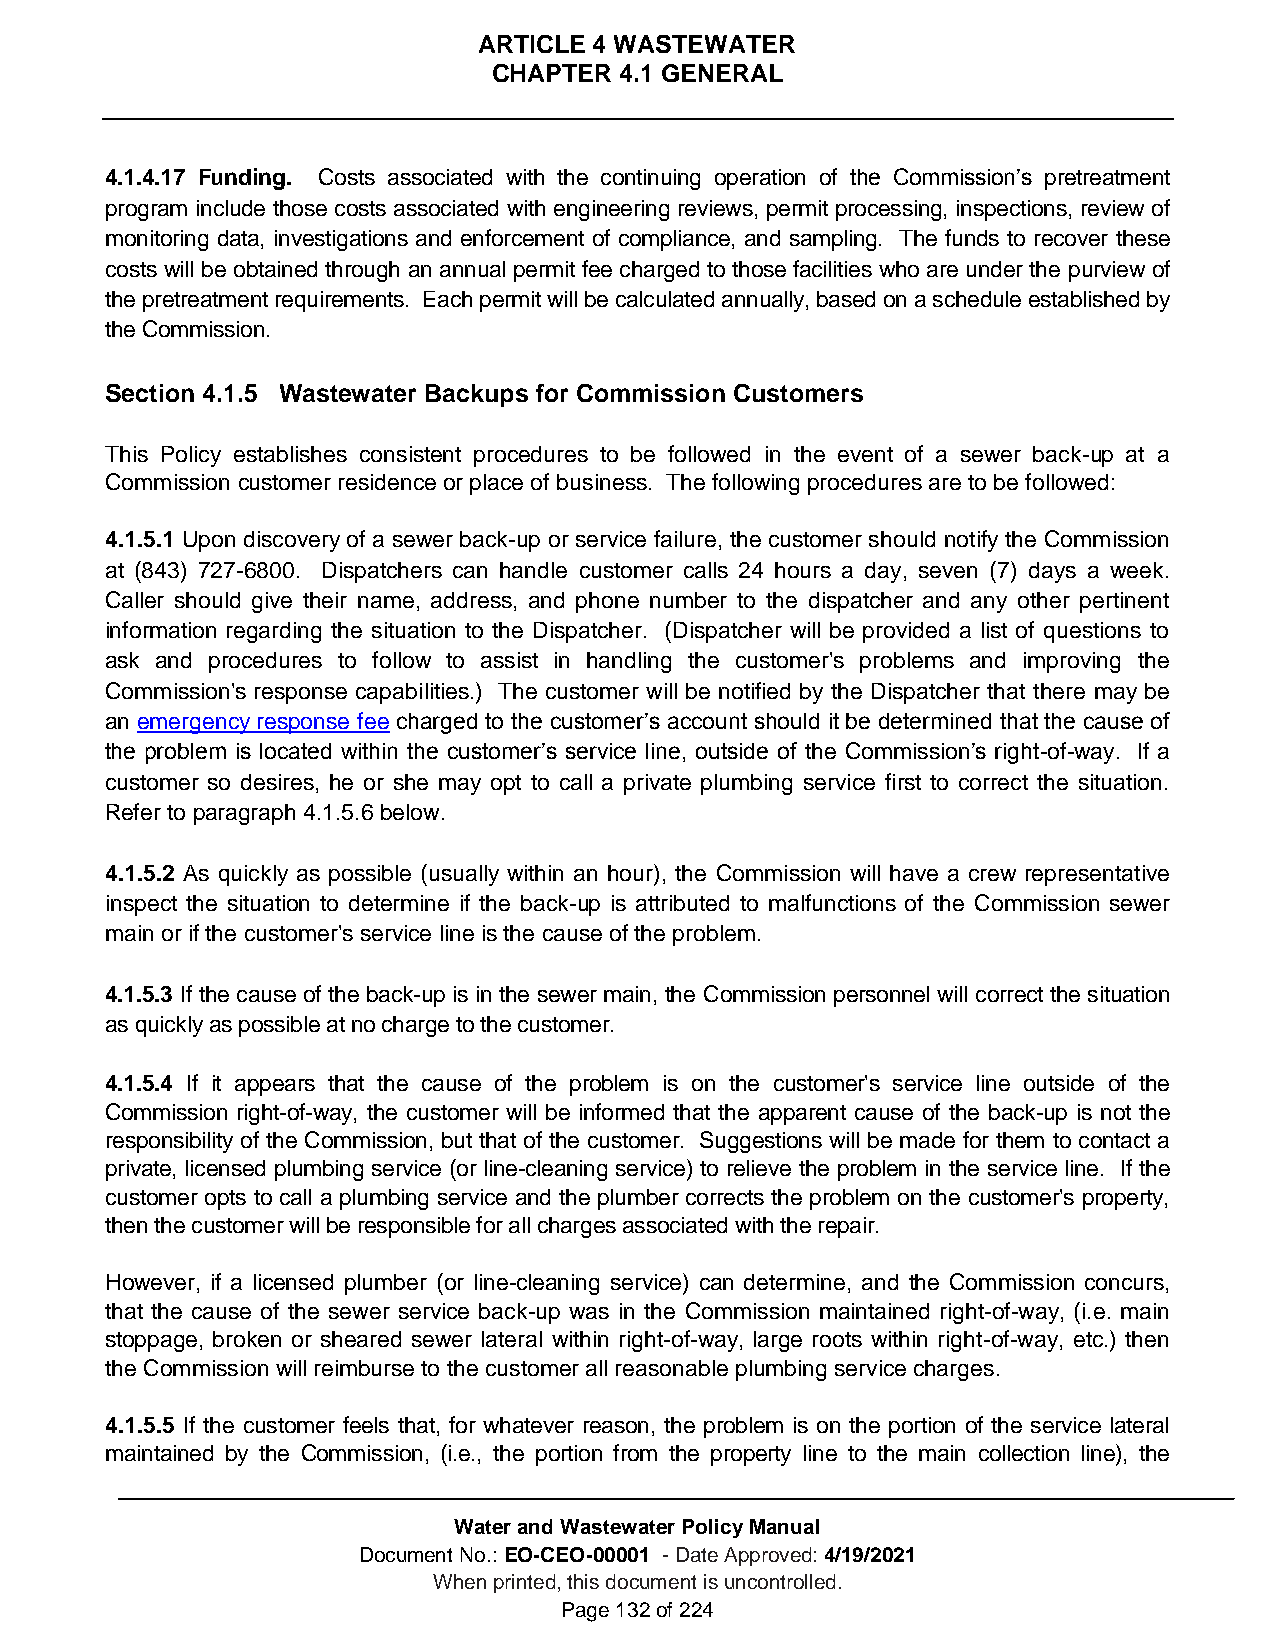
ARTICLE 4 WASTEWATER
 CHAPTER 4.1 GENERAL
 4.1.4.17 Funding. Costs associated with the continuing operation of the Commission’s pretreatment
 program include those costs associated with engineering reviews, permit processing, inspections, review of
 monitoring data, investigations and enforcement of compliance, and sampling. The funds to recover these
 costs will be obtained through an annual permit fee charged to those facilities who are under the purview of
 the pretreatment requirements. Each permit will be calculated annually, based on a schedule established by
 the Commission.
 Section 4.1.5 Wastewater Backups for Commission Customers
 This Policy establishes consistent procedures to be followed in the event of a sewer back-up at a
 Commission customer residence or place of business. The following procedures are to be followed:
 4.1.5.1 Upon discovery of a sewer back-up or service failure, the customer should notify the Commission
 at (843) 727-6800. Dispatchers can handle customer calls 24 hours a day, seven (7) days a week.
 Caller should give their name, address, and phone number to the dispatcher and any other pertinent
 information regarding the situation to the Dispatcher. (Dispatcher will be provided a list of questions to
 ask and procedures to follow to assist in handling the customer's problems and improving the
 Commission's response capabilities.) The customer will be notified by the Dispatcher that there may be
 an emergency response fee charged to the customer’s account should it be determined that the cause of
 the problem is located within the customer’s service line, outside of the Commission’s right-of-way. If a
 customer so desires, he or she may opt to call a private plumbing service first to correct the situation.
 Refer to paragraph 4.1.5.6 below.
 4.1.5.2 As quickly as possible (usually within an hour), the Commission will have a crew representative
 inspect the situation to determine if the back-up is attributed to malfunctions of the Commission sewer
 main or if the customer's service line is the cause of the problem.
 4.1.5.3 If the cause of the back-up is in the sewer main, the Commission personnel will correct the situation
 as quickly as possible at no charge to the customer.
 4.1.5.4 If it appears that the cause of the problem is on the customer's service line outside of the
 Commission right-of-way, the customer will be informed that the apparent cause of the back-up is not the
 responsibility of the Commission, but that of the customer. Suggestions will be made for them to contact a
 private, licensed plumbing service (or line-cleaning service) to relieve the problem in the service line. If the
 customer opts to call a plumbing service and the plumber corrects the problem on the customer's property,
 then the customer will be responsible for all charges associated with the repair.
 However, if a licensed plumber (or line-cleaning service) can determine, and the Commission concurs,
 that the cause of the sewer service back-up was in the Commission maintained right-of-way, (i.e. main
 stoppage, broken or sheared sewer lateral within right-of-way, large roots within right-of-way, etc.) then
 the Commission will reimburse to the customer all reasonable plumbing service charges.
 4.1.5.5 If the customer feels that, for whatever reason, the problem is on the portion of the service lateral
 maintained by the Commission, (i.e., the portion from the property line to the main collection line), the
 Water and Wastewater Policy Manual
 Document No.: EO-CEO-00001 - Date Approved: 4/19/2021
 When printed, this document is uncontrolled.
 Page 132 of 224